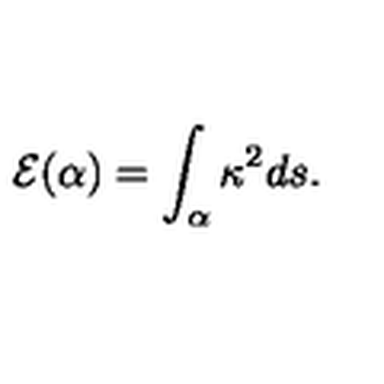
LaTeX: { \cal E } ( \alpha ) = \int _ { \alpha } \kappa ^ { 2 } d s .